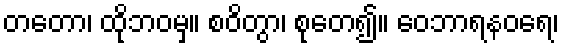
တတော၊ ထိုဘဝမှ။ စဝိတွာ၊ စုတေ၍။ ဝေဘာရနဝရေ၊